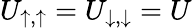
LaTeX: U_{\uparrow,\uparrow}=U_{\downarrow,\downarrow}=U